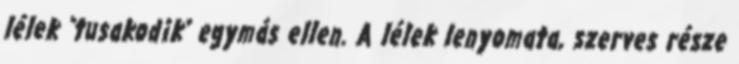
lélek "tusakodik" egymás ellen. A lélek lenyomata, szerves része